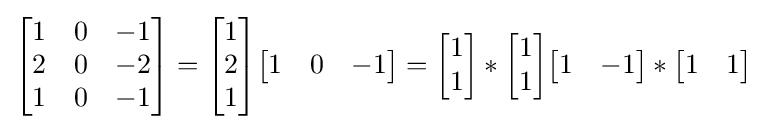
{\begin{bmatrix}1&0&-1\\2&0&-2\\1&0&-1\end{bmatrix}}={\begin{bmatrix}1\\2\\1\end{bmatrix}}{\begin{bmatrix}1&0&-1\end{bmatrix}}={\begin{bmatrix}1\\1\end{bmatrix}}*{\begin{bmatrix}1\\1\end{bmatrix}}{\begin{bmatrix}1&-1\end{bmatrix}}*{\begin{bmatrix}1&1\end{bmatrix}}